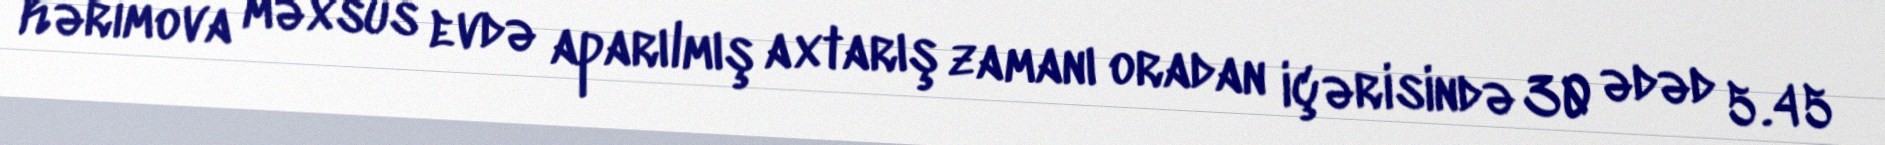
Kərimova məxsus evdə aparılmış axtarış zamanı oradan içərisində 30 ədəd 5.45